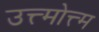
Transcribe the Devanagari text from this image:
उत्त्मोत्त्म